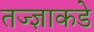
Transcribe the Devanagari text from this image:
तज्‍ज्ञाकडे